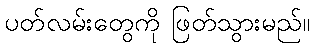
ပတ်လမ်းတွေကို ဖြတ်သွားမည်။